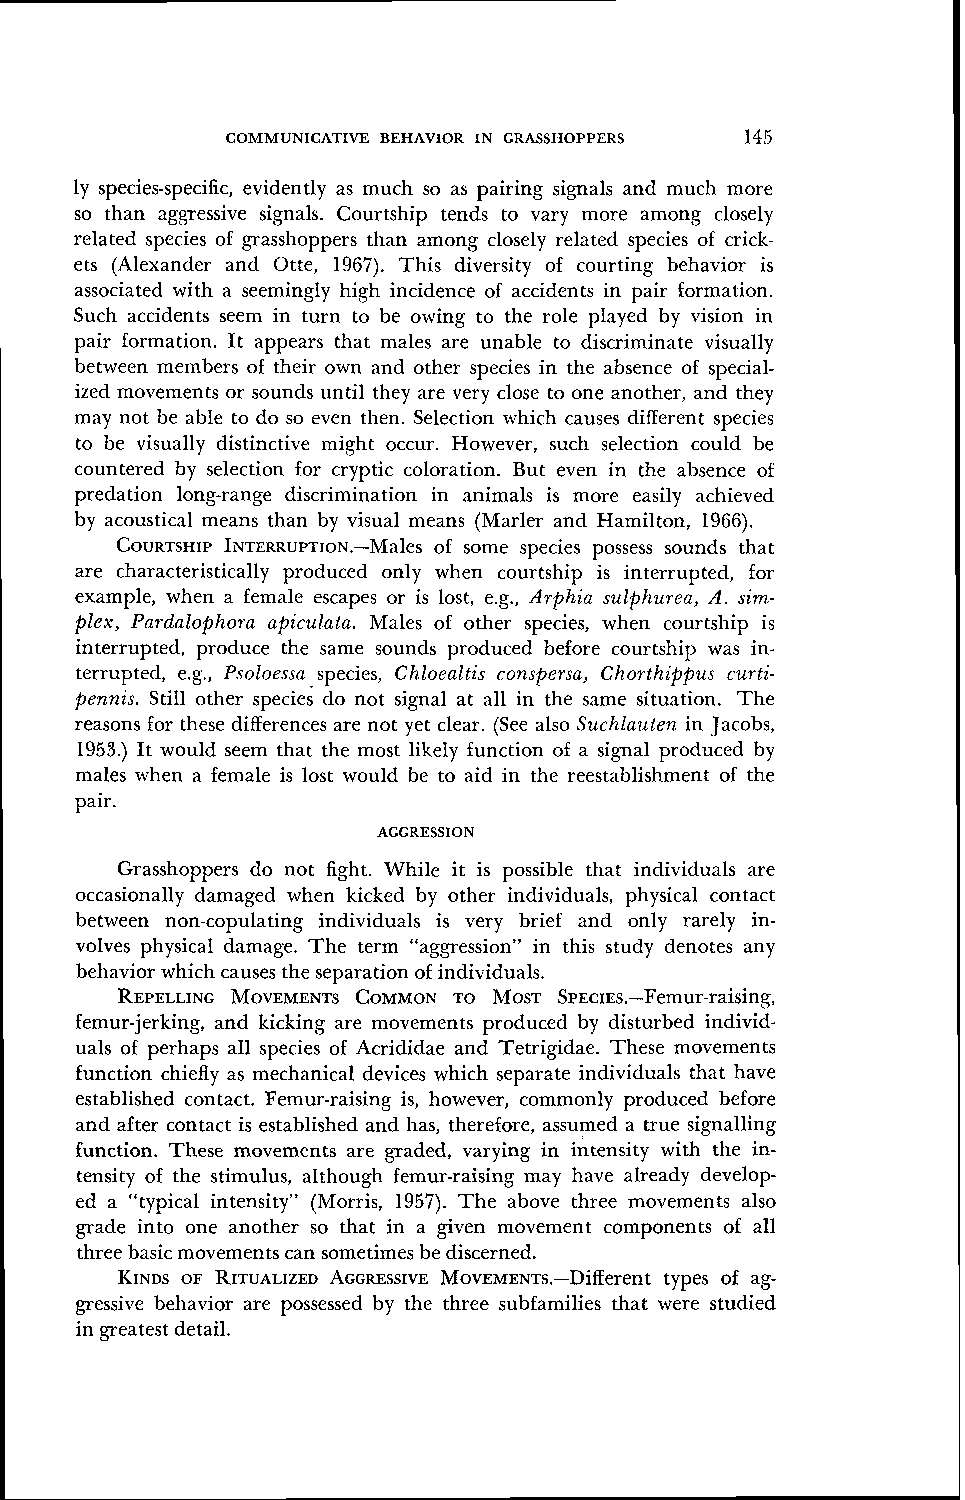
COMMUNICATIVE BEHAVIOR IN GRASSHOPPERS 145
 ly species-specific, evidently as much so as pairing signals and much more
 so than aggressive signals. Courtship tends to vary more among closely
 related species of grasshoppers than among closely related species of crick-
 ets (Alexander and Otte, 1967). This diversity of courting behavior is
 associated with a seemingly high incidence of accidents in pair formation.
 Such accidents seem in turn to be owing to the role played by vision in
 pair formation. It appears that males are unable to discriminate visually
 between members of their own and other species in the absence of special-
 ized movements or sounds until they are very close to one another, and they
 may not be able to do so even then. Selection which causes different species
 to be visually distinctive might occur. However, such selection could be
 countered by selection for cryptic coloration. But even in the absence of
 predation long-range discrimination in animals is more easily achieved
 by acoustical means than by visual means (Marler and Hamilton, 1966).
 COURTSHIIPN TERRUPTION.-Mof~ ~so~mSe species possess sounds that
 are characteristically produced only when courtship is interrupted, for
 example, when a female escapes or is lost, e.g., Arphia sulphurea, A. sim-
 plex, Pardalophora apiculata. Males of other species, when courtship is
 interrupted, produce the same sounds produced before courtship was in-
 terrupted, e.g., Psoloessa species, Chloealtis conspersa, Chorthippus curti-
 pennis. Still other species do not signal at all in the same situation. The
 reasons for these differences are not yet clear. (See also Suchlauten in Jacobs,
 1953.) It would seem that the most likely function of a signal produced by
 males when a female is lost would be to aid in the reestablisllment of the
 pair.
 AGGRESSION
 Grasshoppers do not fight. While it is possible that individuals are
 occasionally damaged when kicked by other individuals, physical contact
 between non-copulating individuals is very brief and only rarely in-
 volves physical damage. The term "aggression" in this study denotes any
 behavior which causes the separation of individuals.
 REPELLINGM OVEMENTCSO MMONT O MOST SPECIES.-Femur-raising,
 femur-jerking, and kicking are movements produced by disturbed individ-
 uals of perhaps all species of Acrididae and Tetrigidae. These movements
 function chiefly as mechanical devices which separate individuals that have
 established contact. Femur-raising is, however, commonly produced before
 and after contact is established and has, therefore, assumed a true signalling
 function. These movements are graded, varying in &tensity with the in-
 tensity of the stimulus, although femur-raising may have already develop-
 ed a "typical intensity" (Morris, 1957). The above three movements also
 grade into one another so that in a given movement components of all
 three basic movements can sometimes be discerned.
 KINDSO F RITUALIZEADG GRESSIVMEo v~~~~~s.-Diffetyrpeens to f ag-
 gressive behavior are possessed by the three subfamilies that were studied
 in greatest detail.